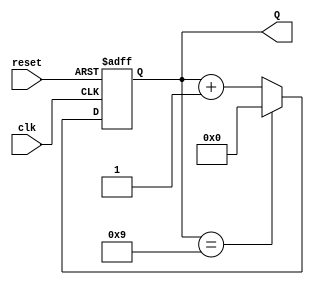
module bcd_counter (
    input wire clk,       // Clock signal
    input wire reset,     // Asynchronous reset signal
    output reg [3:0] Q    // 4-bit output for BCD count
);

    // Always block triggered on the rising edge of the clock or the reset signal
    always @(posedge clk or posedge reset) begin
        if (reset) begin
            Q <= 4'b0000; // Asynchronous reset to 0
        end else begin
            if (Q == 4'b1001) begin
                Q <= 4'b0000; // Reset to 0 when count reaches 10 (1010 in binary)
            end else begin
                Q <= Q + 1; // Increment the counter
            end
        end
    end

endmodule